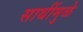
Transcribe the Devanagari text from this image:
साथींमुळे